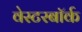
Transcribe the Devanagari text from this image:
वेस्टरबॉर्क